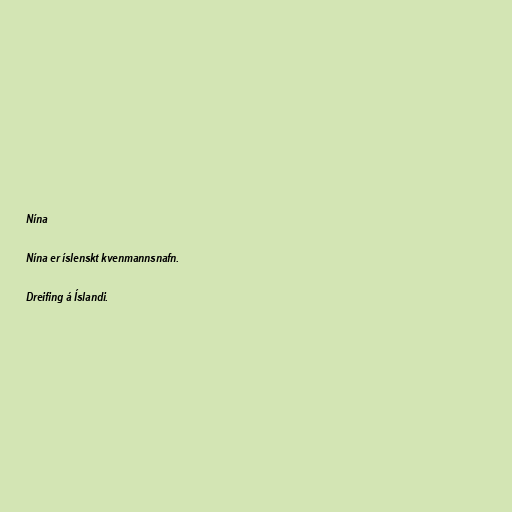
Nína

Nína er íslenskt kvenmannsnafn.

Dreifing á Íslandi.